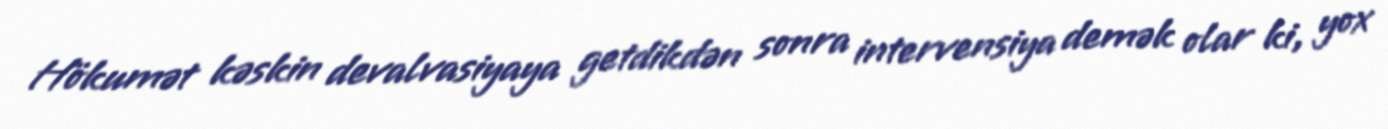
Hökumət kəskin devalvasiyaya getdikdən sonra intervensiya demək olar ki, yox